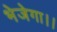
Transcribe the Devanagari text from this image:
भेजेगा।।